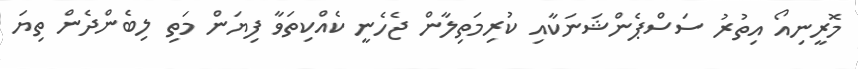
މޮރީނިއޯ އިތުރު ސަސްޕެންޝަނަކާއި ކުރިމަތިލާން ޖެހެނީ ކެއްކިތަވާ ފިޔަން މަތި ލިބެންދެން ތިޔަ